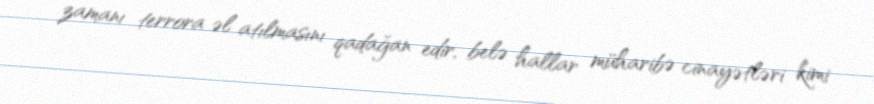
zamanı terrora əl atılmasını qadağan edir, belə hallar müharibə cinayətləri kimi